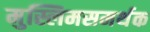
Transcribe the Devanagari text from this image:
मुस्लिमसमर्थक